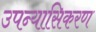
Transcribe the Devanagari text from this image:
उपन्यासिकरण